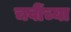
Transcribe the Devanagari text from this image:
चवींच्या